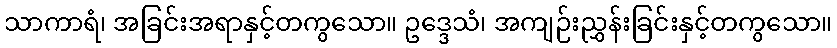
သာကာရံ၊ အခြင်းအရာနှင့်တကွသော။ ဥဒ္ဒေသံ၊ အကျဉ်းညွှန်းခြင်းနှင့်တကွသော။